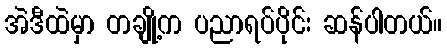
အဲဒီထဲမှာ တချို့က ပညာရပ်ပိုင်း ဆန်ပါတယ်။